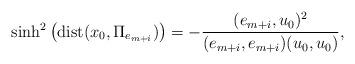
LaTeX: \begin{align*}\sinh^2\left(\mathrm{dist}(x_0, \Pi_{e_{m+i}})\right) = -\frac{(e_{m+i},u_0)^2}{(e_{m+i},e_{m+i})(u_0,u_0)},\end{align*}